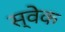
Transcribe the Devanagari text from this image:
स्वेक